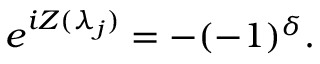
e ^ { i Z ( \lambda _ { j } ) } = - ( - 1 ) ^ { \delta } .